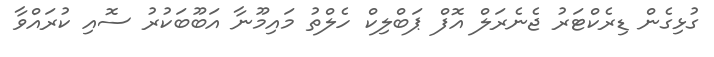
ގުޅިގެން ޑިރެކްޓަރު ޖެނެރަލް އޮފް ޕަބްލިކް ހެލްތު މައިމޫނާ އަބޫބަކުރު ސޮއި ކުރައްވާ